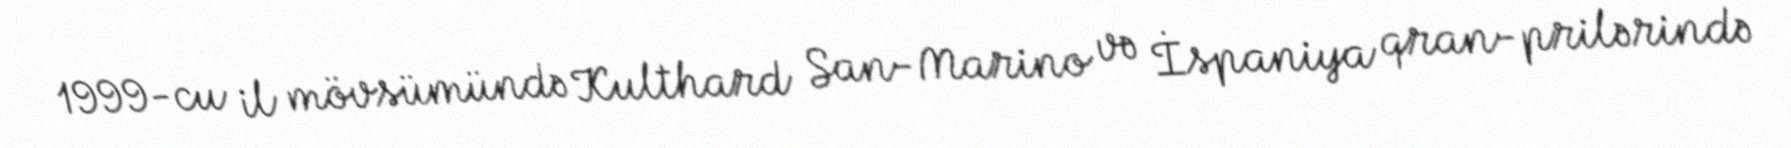
1999-cu il mövsümündə Kulthard San-Marino və İspaniya qran-prilərində